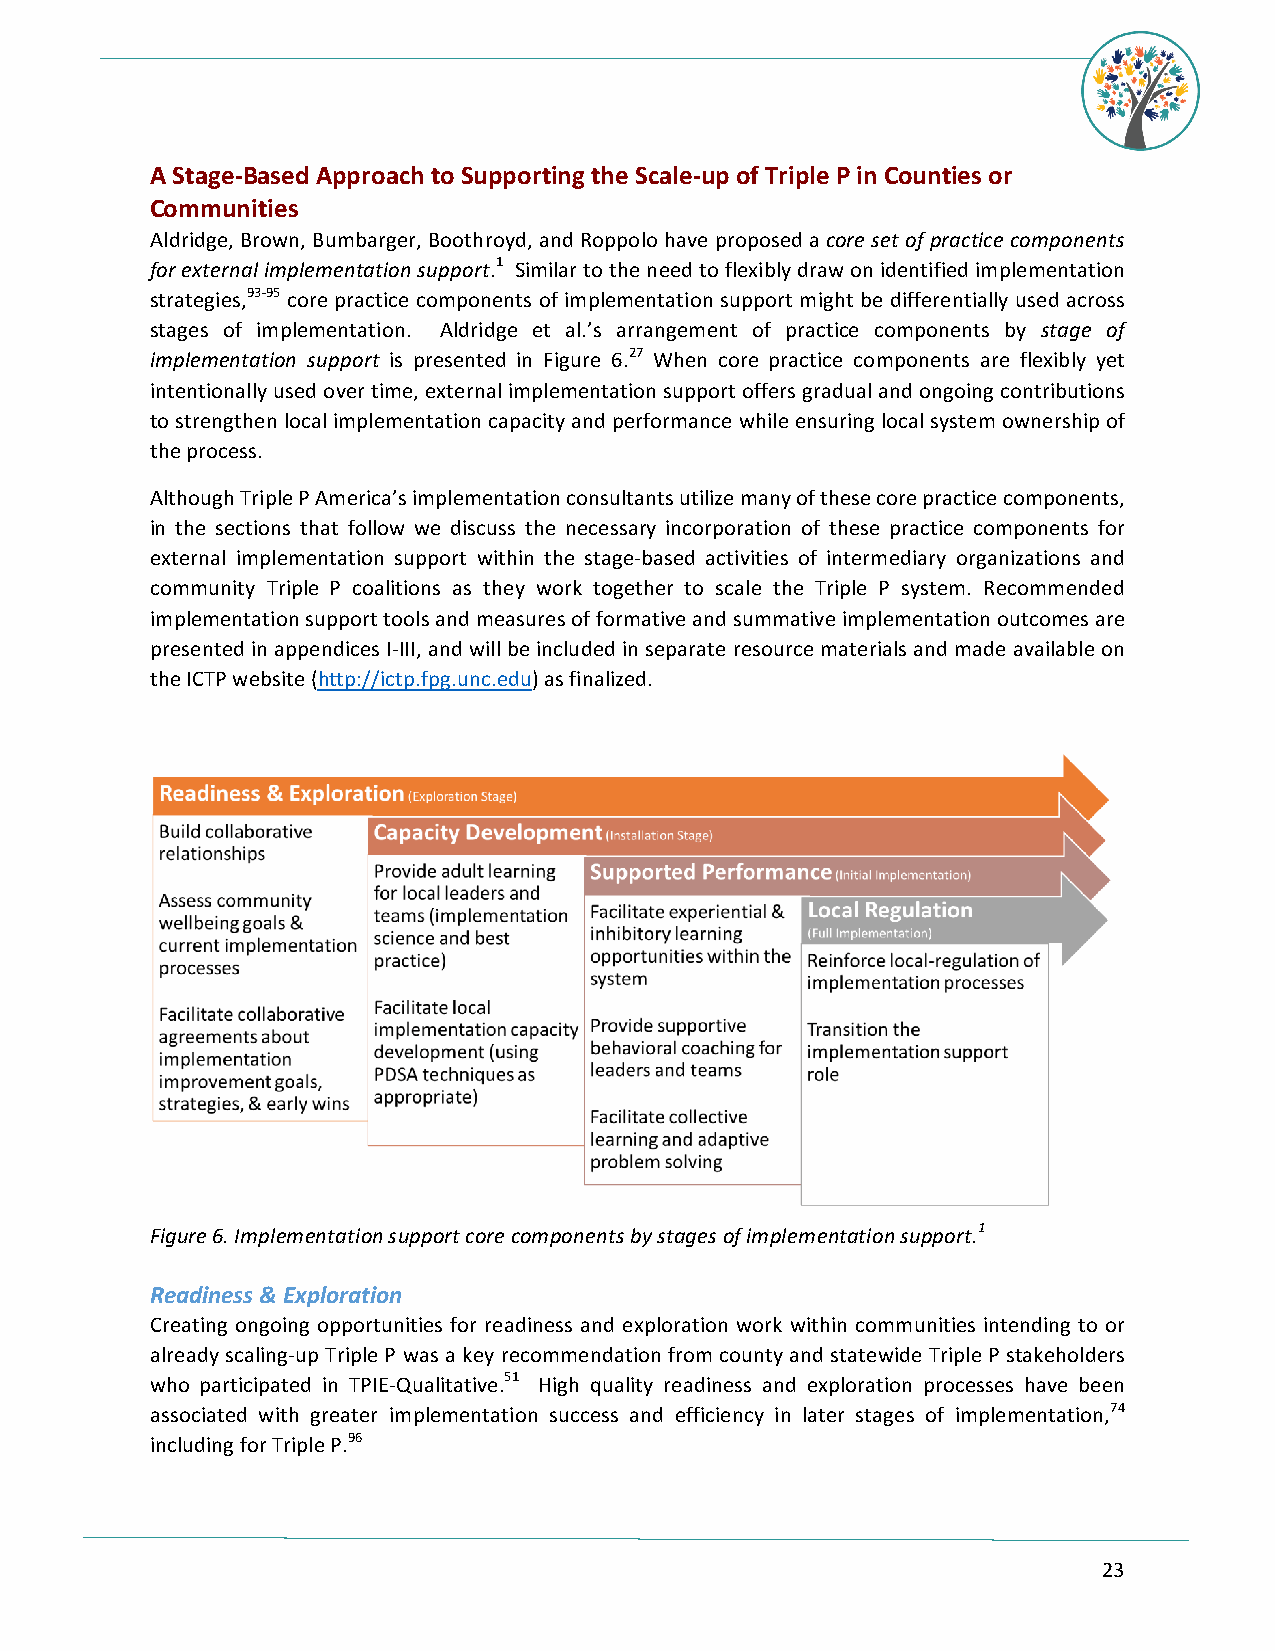
A Stage-Based Approach to Supporting the Scale-up of Triple P in Counties or
 Communities
 Aldridge, Brown, Bumbarger, Boothroyd, and Roppolo have proposed a core set of practice components
 for external implementation support.1 Similar to the need to flexibly draw on identified implementation
 strategies,93-95 core practice components of implementation support might be differentially used across
 stages of implementation. Aldridge et al.’s arrangement of practice components by stage of
 implementation support is presented in Figure 6.27 When core practice components are flexibly yet
 intentionally used over time, external implementation support offers gradual and ongoing contributions
 to strengthen local implementation capacity and performance while ensuring local system ownership of
 the process.
 Although Triple P America’s implementation consultants utilize many of these core practice components,
 in the sections that follow we discuss the necessary incorporation of these practice components for
 external implementation support within the stage-based activities of intermediary organizations and
 community Triple P coalitions as they work together to scale the Triple P system. Recommended
 implementation support tools and measures of formative and summative implementation outcomes are
 presented in appendices I-III, and will be included in separate resource materials and made available on
 the ICTP website (http://ictp.fpg.unc.edu) as finalized.
 Figure 6. Implementation support core components by stages of implementation support.1
 Readiness & Exploration
 Creating ongoing opportunities for readiness and exploration work within communities intending to or
 already scaling-up Triple P was a key recommendation from county and statewide Triple P stakeholders
 who participated in TPIE-Qualitative.51 High quality readiness and exploration processes have been
 associated with greater implementation success and efficiency in later stages of implementation,74
 including for Triple P.96
 23